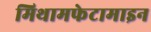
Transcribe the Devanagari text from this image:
मिथामफेटामाइन